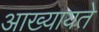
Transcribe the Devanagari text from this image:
आख्यायते